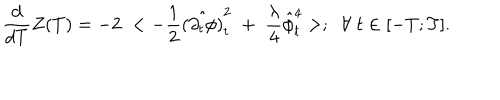
{ \frac { d } { d T } } Z ( T ) = - 2 \; < - { \frac { 1 } { 2 } } \hat { ( \partial _ { t } \phi ) } _ { t } ^ { 2 } \; + \; { \frac { \lambda } { 4 } } \hat { \phi } _ { t } ^ { 4 } > ; \; \; \forall \; t \in [ - T ; T ] .